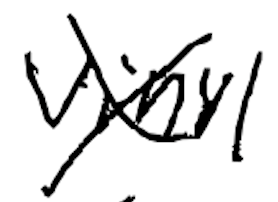
Text: vinyl
Cross-out: cross
Writing tool: digital_black